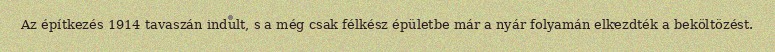
Az építkezés 1914 tavaszán indult, s a még csak félkész épületbe már a nyár folyamán elkezdték a beköltözést.